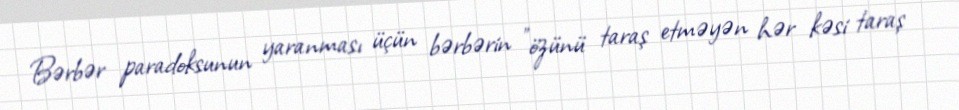
Bərbər paradoksunun yaranması üçün bərbərin "özünü taraş etməyən hər kəsi taraş